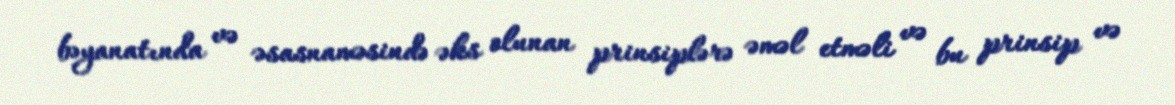
bəyanatında və əsasnaməsində əks olunan prinsiplərə əməl etməli və bu prinsip və